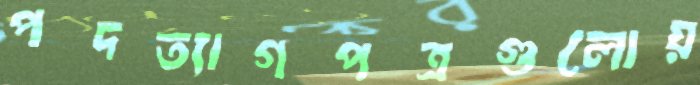
পদত্যাগপত্রগুলোয়